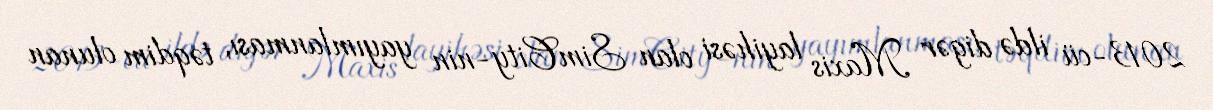
2013-cü ildə digər Maxis layihəsi olan SimCity-nin yayımlanması, təqdim olunan